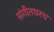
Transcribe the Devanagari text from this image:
संगीतघरच